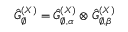
\hat { G } _ { \varnothing } ^ { ( X ) } = \hat { G } _ { \varnothing , \alpha } ^ { ( X ) } \otimes \hat { G } _ { \varnothing , \beta } ^ { ( X ) }